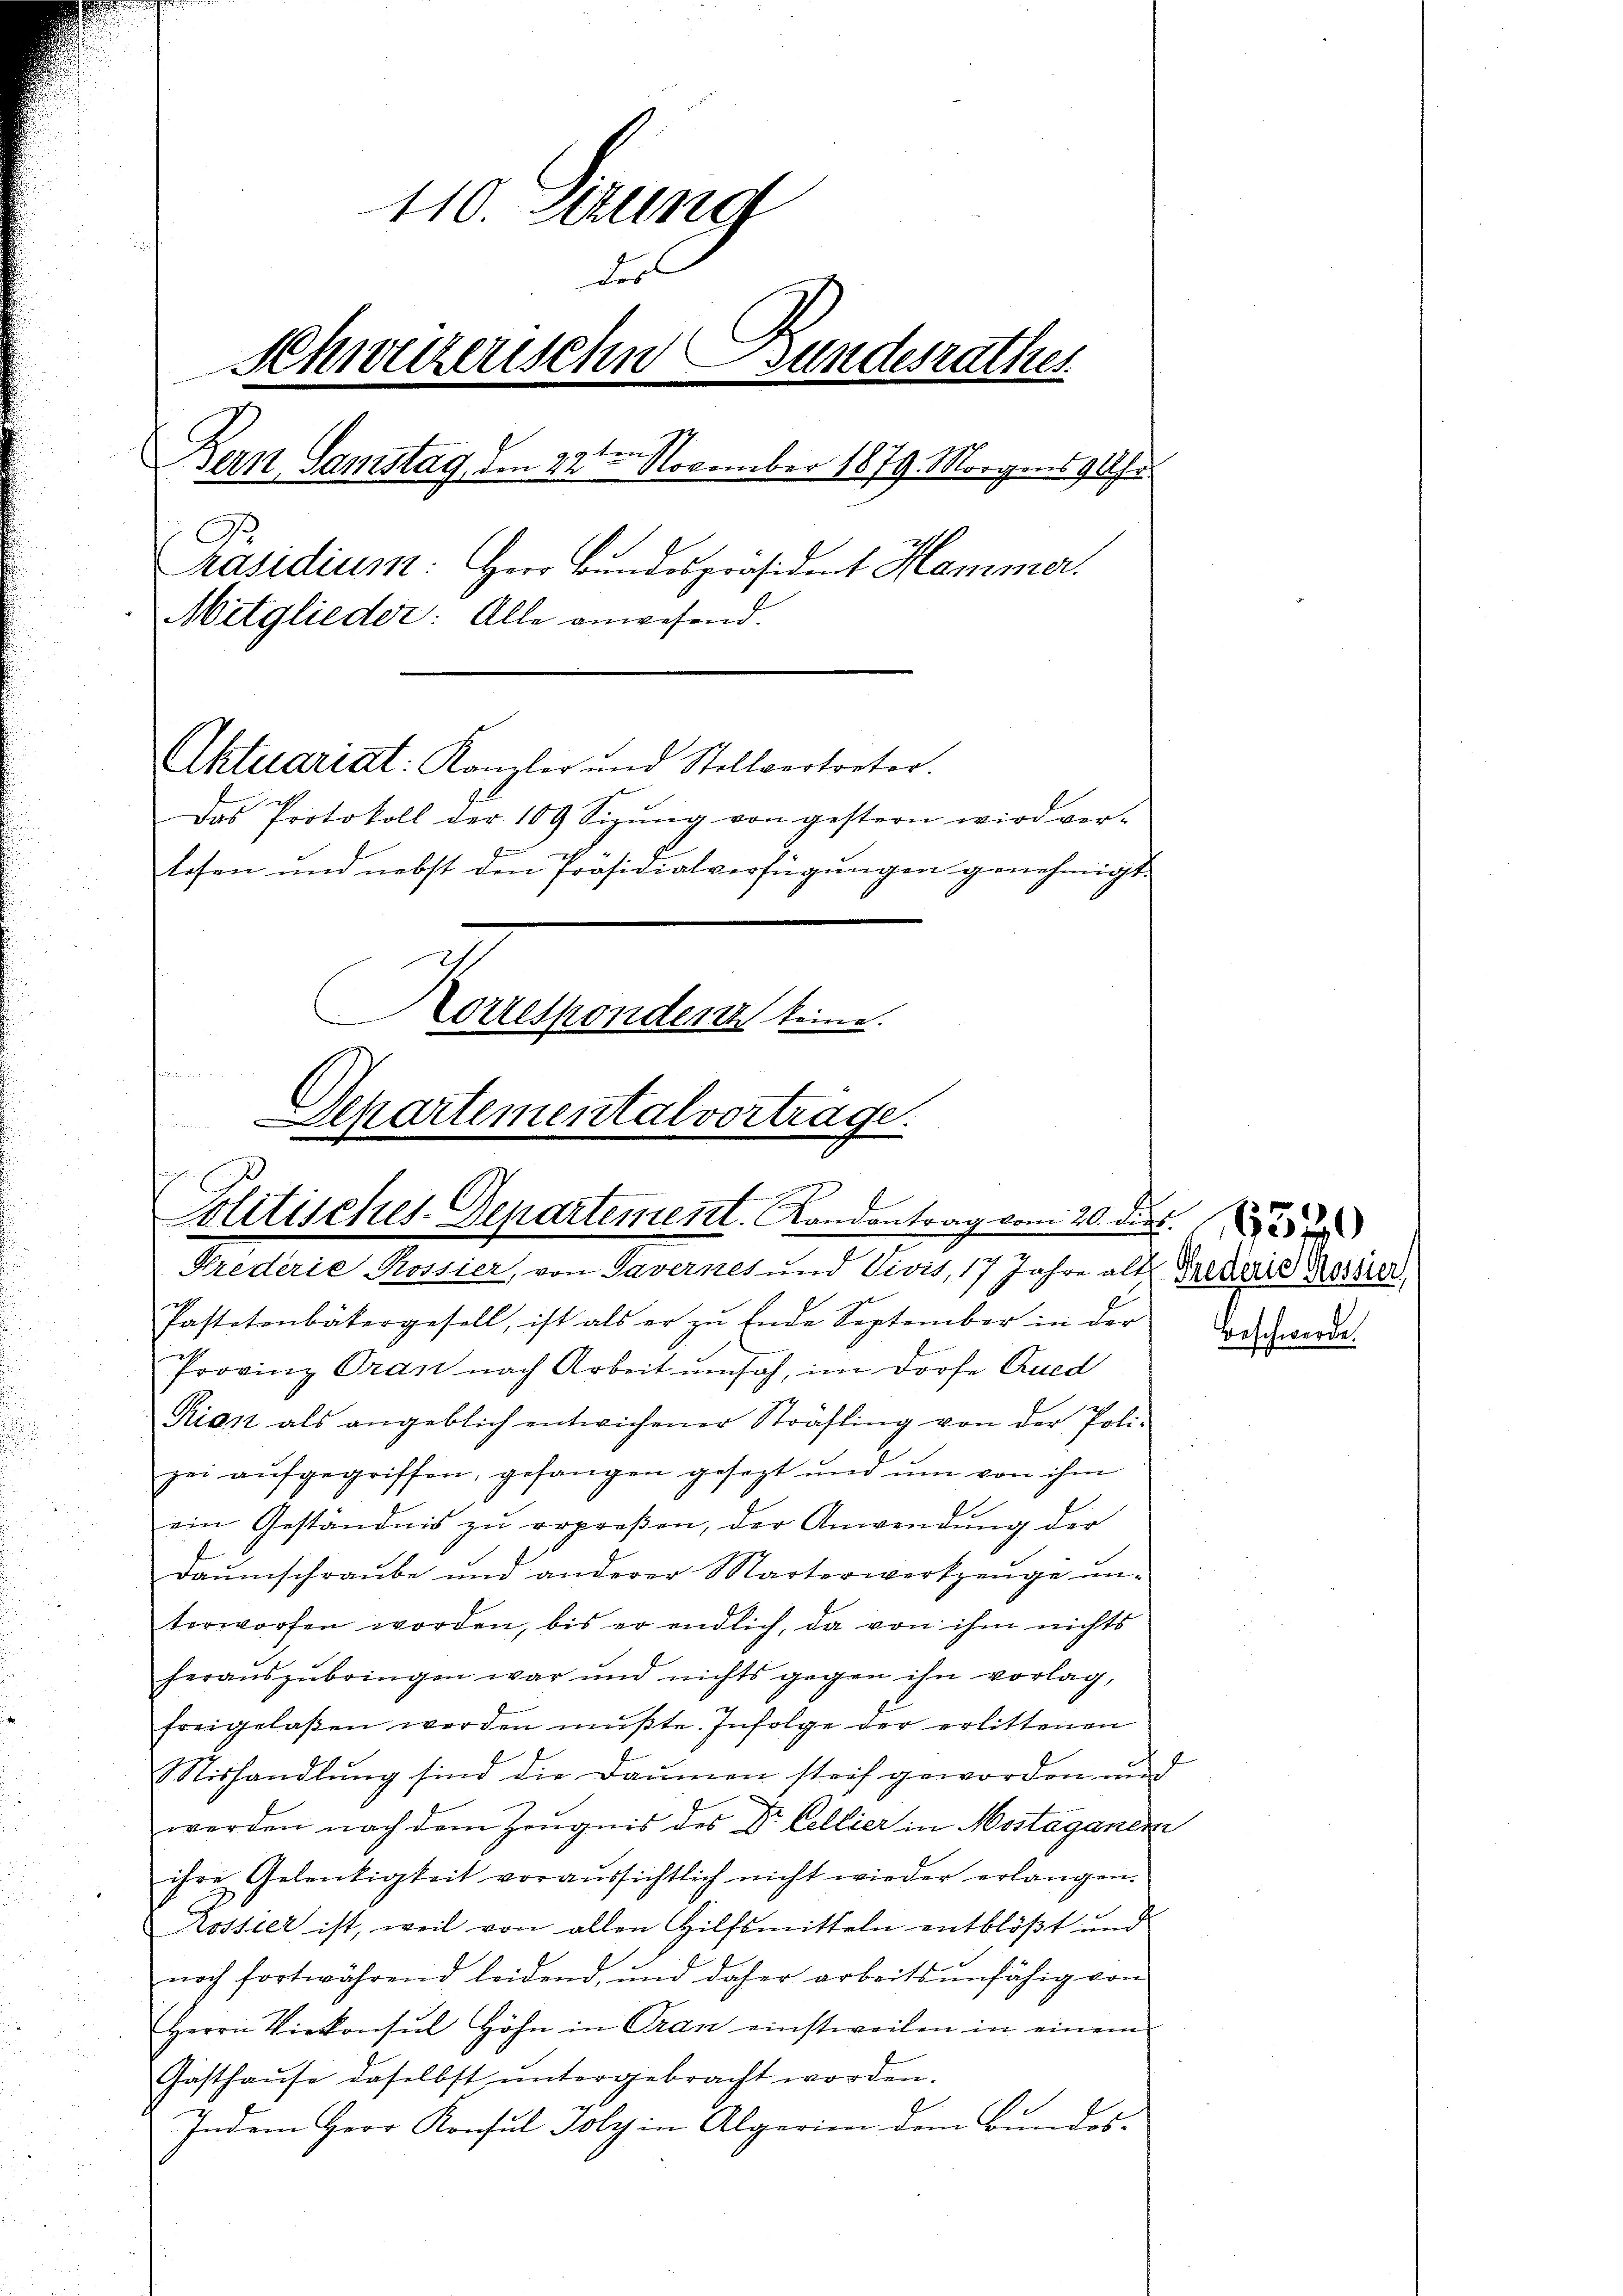
110. Stund
des
Schweizerischen Bundesrathes
e
Bern, Samstag, den 22ten November 1879. Morgens 94fr.
Präsidium: Herr Bundespräsident Hammer.
Mitglieder: Alle anwesend.
Aktuariat: Kanzler und Stellvertreter.
Das Protokoll der 109 Sizŭng von gestern wird ver-
lesen und nebst den Präsidialverfügungen genehmigt.
Corresponden keine.
s
Schartementalvortrage.

Politisches-Departement. Landantrag vom 20. die

Krederie Rossier, von Tavernes und Vivis, 17 Jahre alt Prediene Koster,
Pastetenbätergesell, ist als er zu Ende September in der
Provinz Oran nach Arbeit umsah, im Dorfe Qued
Rian als angeblich entwichener Sträfling von der Poli-
zei aŭfgegriffen, gefangen gesezt und ŭm von ihm
ein Geständnis zŭ erpreßen, der Anwendŭng der
daŭmschraŭbe und anderer Marterwerkzeŭge ŭn-
terworfen worden, bis er endlich, da von ihm nichts
heraŭszŭbringen war und nichts gegen ihn vorlag,
freigelaßen werden müßte. Infolge der erlittenen
ishandlung sind die Daumen steif geworden und
werden nach dem Zeugnis des Dr. Cellier in Mostaganen
ihre Gelenkigkeit voraussichtlich nicht wieder erlangen.
Kossier ist, weil von allen Hilfsmitteln entblößt und
noch fortwährend leidend, und daher arbeitsunfähig von
Herrn Viekonsul Höhn in Cran einstweilen in einem
Gasthaŭse daselbst ŭntergebracht worden.
Indem Herr Konsul Joly in Algerien dem Bundes-

Beschwerde.